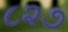
૮૨૭